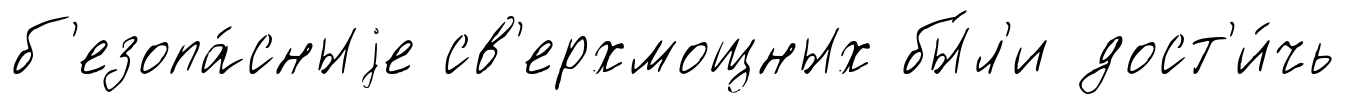
б'езопа́сныjе св'ерхмощных бы́л'и дост'и́чь